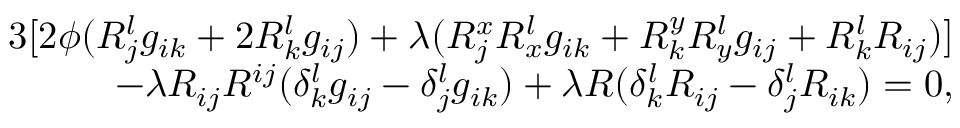
\begin{array} { r } { 3 [ 2 \phi ( R _ { j } ^ { l } g _ { i k } + 2 R _ { k } ^ { l } g _ { i j } ) + \lambda ( R _ { j } ^ { x } R _ { x } ^ { l } g _ { i k } + R _ { k } ^ { y } R _ { y } ^ { l } g _ { i j } + R _ { k } ^ { l } R _ { i j } ) ] } \\ { - \lambda R _ { i j } R ^ { i j } ( \delta _ { k } ^ { l } g _ { i j } - \delta _ { j } ^ { l } g _ { i k } ) + \lambda R ( \delta _ { k } ^ { l } R _ { i j } - \delta _ { j } ^ { l } R _ { i k } ) = 0 , } \end{array}